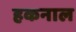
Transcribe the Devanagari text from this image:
हकनाल